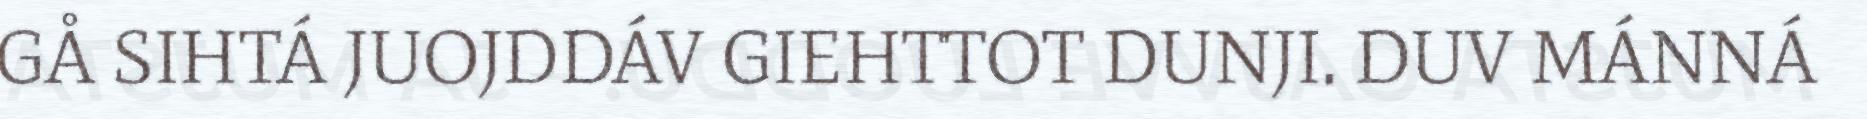
GÅ SIHTÁ JUOJDDÁV GIEHTTOT DUNJI. DUV MÁNNÁ